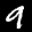
Label: 9